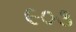
૯૦૩